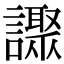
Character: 𧭍